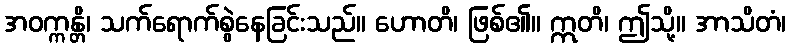
အဝက္ကန္တိ၊ သက်ရောက်စွဲနေခြင်းသည်။ ဟောတိ၊ ဖြစ်၏။ ဣတိ၊ ဤသို့။ အာသိတံ၊